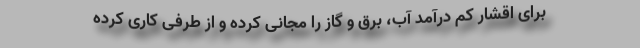
برای اقشار کم درآمد آب، برق و گاز را مجانی کرده و از طرفی کاری کرده